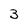
Character: 3